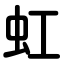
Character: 虹